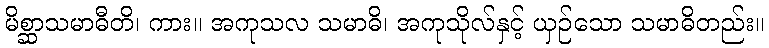
မိစ္ဆာသမာဓီတိ၊ ကား။ အကုသလ သမာဓိ၊ အကုသိုလ်နှင့် ယှဉ်သော သမာဓိတည်း။